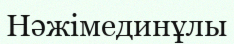
Нәжімединұлы